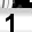
Digit: 1